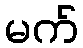
မက်